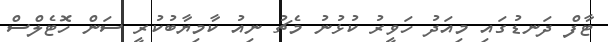
ޓާފް ދަނޑުގައި މިއަދު ހަވީރު ކުޅުނު މެޗު ނިއު ކާމިޔާބުކުރީ ސަން ހޮޓެލްސް